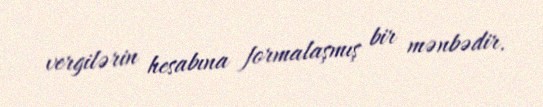
vergilərin hesabına formalaşmış bir mənbədir.